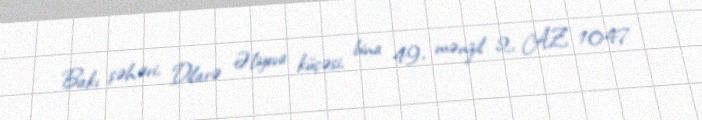
Bakı şəhəri, Dilarə Əliyeva küçəsi, bina 49, mənzil 2, AZ 1047